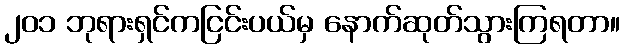
၂၀၁ ဘုရားရှင်ကငြင်းပယ်မှ နောက်ဆုတ်သွားကြရတာ။